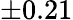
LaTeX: \pm 0.21